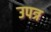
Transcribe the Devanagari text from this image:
उपत्र